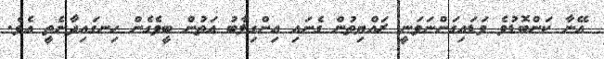
އޭނާ ކަންބޮޑުވެ ވަޑައިގަންނަވަނީ ރައްޔިތުން ގެނައި އިންގިލާބު އަތުން ބީވެގެން ހިނގައިދާނެތީ އެވެ.